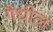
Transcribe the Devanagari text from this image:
गैधील